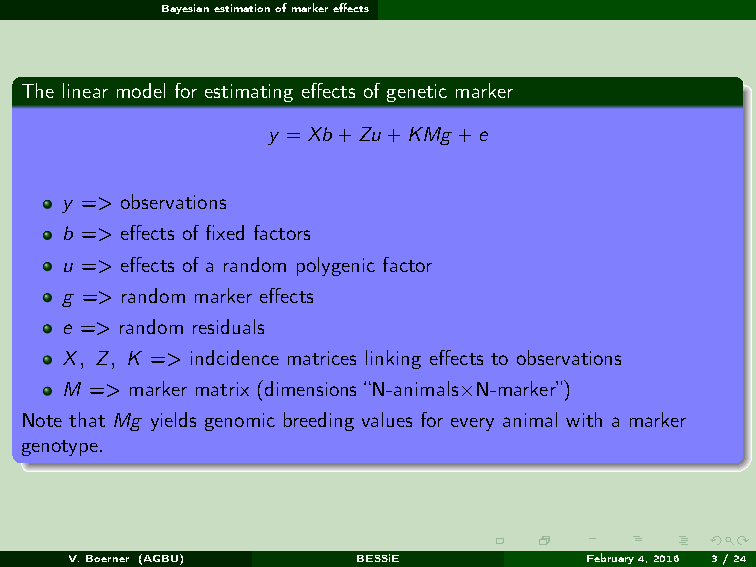
Bayesianestimationofmarkereffects
 The linear model for estimating effects of genetic marker
 y =Xb+Zu+KMg +e
 y => observations
 b => effects of fixed factors
 u => effects of a random polygenic factor
 g => random marker effects
 e => random residuals
 X, Z, K => indcidence matrices linking effects to observations
 M => marker matrix (dimensions “N-animals×N-marker”)
 Note that Mg yields genomic breeding values for every animal with a marker
 genotype.
 V.Boerner (AGBU)    BESSiE         February4,2016 3/24